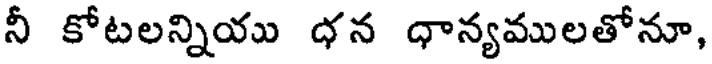
నీ కోటలన్నియు ధన ధాన్యములతోనూ,